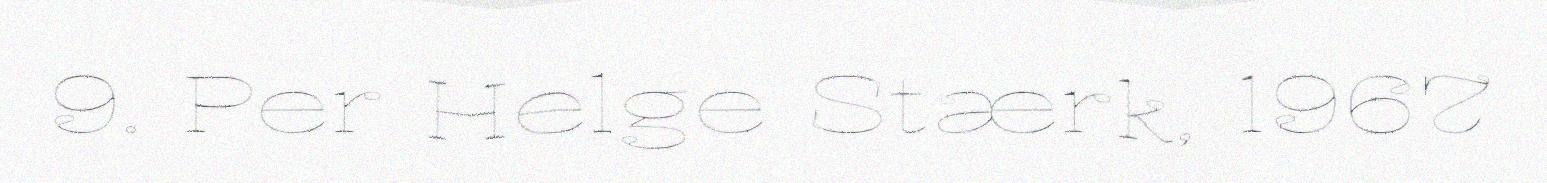
9. Per Helge Stærk, 1967